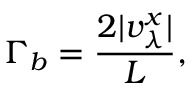
\Gamma _ { b } = \frac { 2 | v _ { \lambda } ^ { x } | } { L } ,